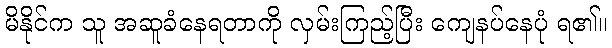
မိနိုင်က သူ အဆူခံနေရတာကို လှမ်းကြည့်ပြီး ကျေနပ်နေပုံ ရ၏။